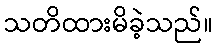
သတိထားမိခဲ့သည်။